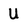
Character: U